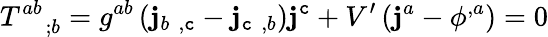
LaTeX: T_{\quad;b}^{ab}=g^{ab}\left(\mathbf{j}_{b\, \, ,\mathtt{c}}-\mathbf{j}_{\mathtt{c}\, \, ,b}\right)\mathbf{j}^{\mathtt{c}}+V^{\prime}\left(\mathbf{j}^{a}-\phi^{,a}\right)=0